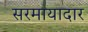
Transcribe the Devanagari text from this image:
सरमायादार